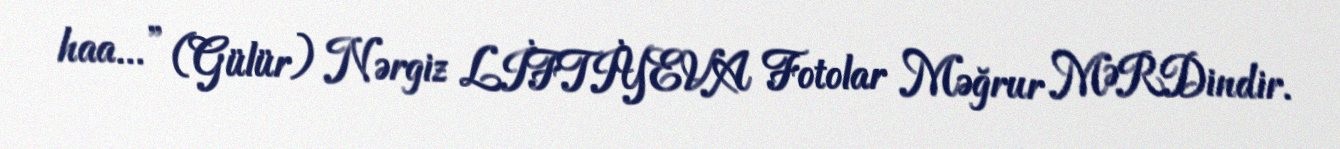
haa...” (Gülür) Nərgiz LİFTİYEVA Fotolar Məğrur MƏRDindir.